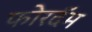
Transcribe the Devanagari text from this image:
फोरदॅम